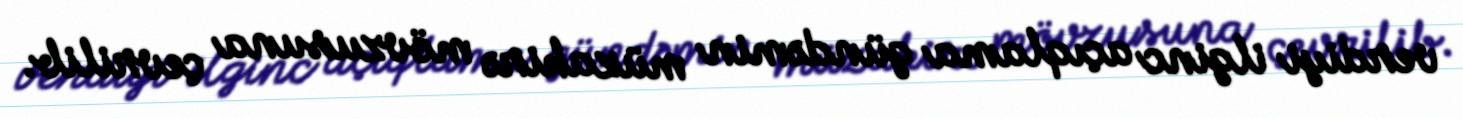
verdiyi ilginc açıqlama gündəmin müzakirə mövzusuna çevrilib.